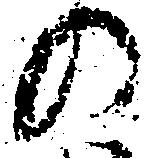
の